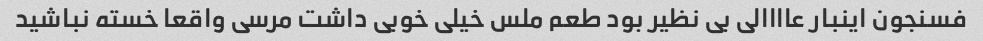
فسنجون اینبار عاااالی بی نظیر بود طعم ملس خیلی خوبی داشت مرسی واقعا خسته نباشید